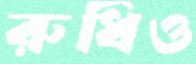
রুধিও